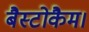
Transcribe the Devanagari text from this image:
बैस्टोकैम।